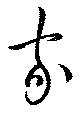
家